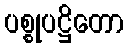
ပစ္စုပဋ္ဌိတော